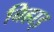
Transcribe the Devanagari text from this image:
बिहाइ